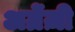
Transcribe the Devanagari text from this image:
अग्रेंज़ी